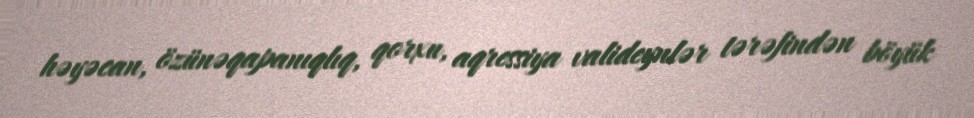
həyəcan, özünəqapanıqlıq, qorxu, aqressiya valideynlər tərəfindən böyük